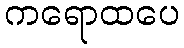
ကရောထပေ